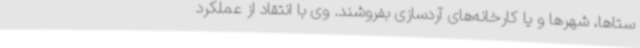
ستاها، شهرها و یا کارخانه‌های آردسازی بفروشند. وی با انتقاد از عملکرد